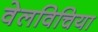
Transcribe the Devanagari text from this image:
वेलविचिया